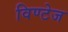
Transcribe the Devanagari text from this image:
विण्टेज